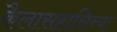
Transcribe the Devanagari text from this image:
कैलासहासिन्या